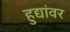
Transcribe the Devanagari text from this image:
हुद्यांवर